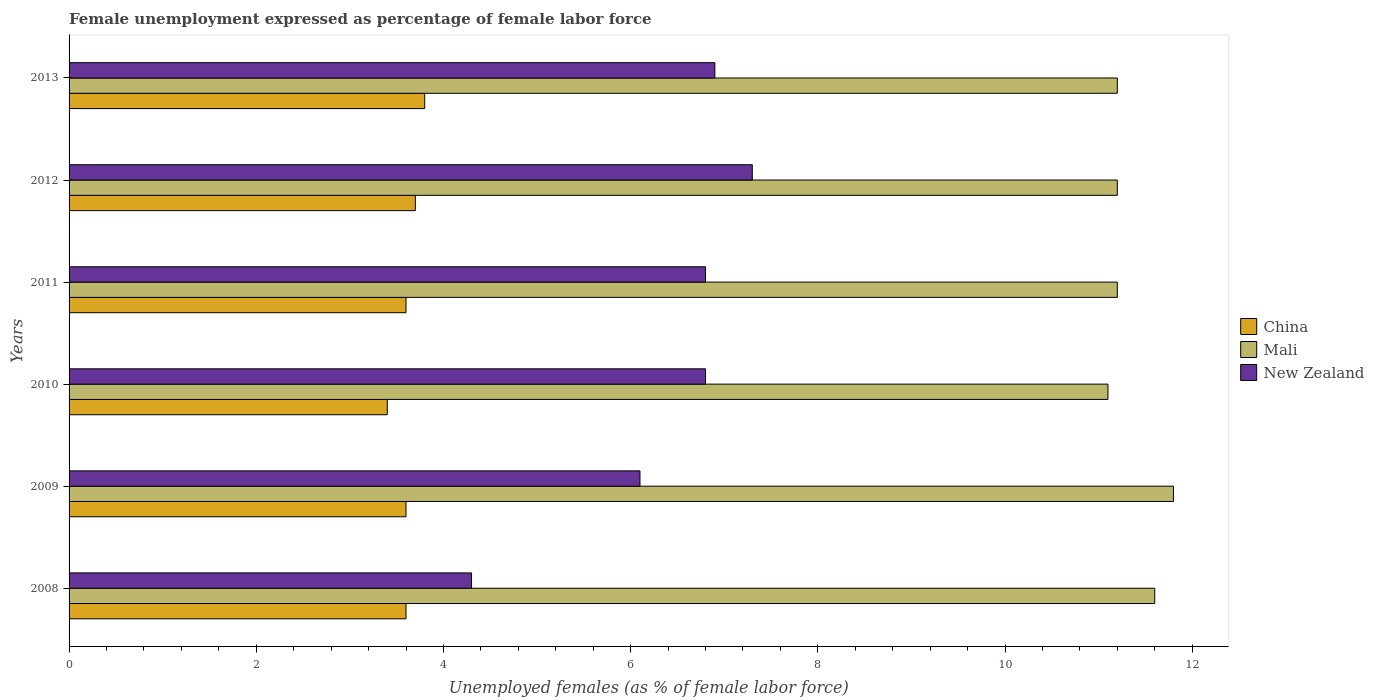
| Years | China | Mali | New Zealand |
 | --- | --- | --- | --- |
 | 2008 | 3.6 | 11.6 | 4.3 |
 | 2009 | 3.6 | 11.8 | 6.1 |
 | 2010 | 3.4 | 11.1 | 6.8 |
 | 2011 | 3.6 | 11.2 | 6.8 |
 | 2012 | 3.7 | 11.2 | 7.3 |
 | 2013 | 3.8 | 11.2 | 6.9 |